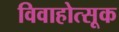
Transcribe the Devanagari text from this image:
विवाहोत्सूक